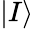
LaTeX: |I\rangle